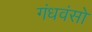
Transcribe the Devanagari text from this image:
गंधवंसो